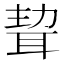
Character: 𦕴